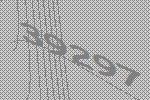
39297